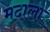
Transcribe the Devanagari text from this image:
मदाला